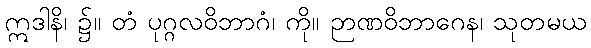
ဣဒါနိ၊ ၌။ တံ ပုဂ္ဂလဝိဘာဂံ၊ ကို။ ဉာဏဝိဘာဂေန၊ သုတမယ